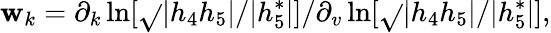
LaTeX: \mathbf{w}_{k}=\partial_{k}\ln[\sqrt{}{{|h_{4}h_{5}|}}/|h_{5}^{\ast}|]/\partial_{v}\ln[\sqrt{}{{|h_{4}h_{5}|}}/|h_{5}^{\ast}|],